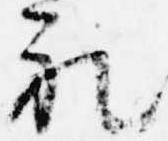
礼